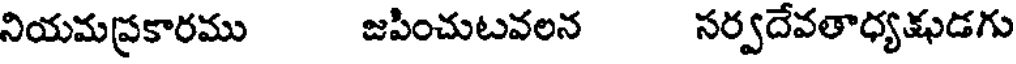
నియమప్రకారము జపించుటవలన సర్వదేవతాధ్యక్షుడగు